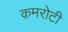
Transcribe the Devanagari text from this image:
क़मरोटी